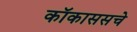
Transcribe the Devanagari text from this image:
कॉकाससचे